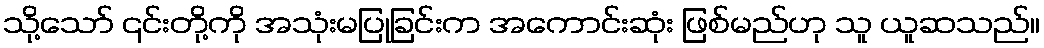
သို့သော် ၎င်းတို့ကို အသုံးမပြုခြင်းက အကောင်းဆုံး ဖြစ်မည်ဟု သူ ယူဆသည်။